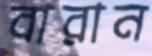
বারান